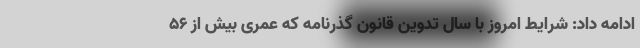
ادامه داد: شرایط امروز با سال تدوین قانون گذرنامه که عمری بیش از ۵۶